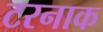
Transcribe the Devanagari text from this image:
टरनाक